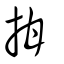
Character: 拑